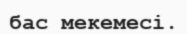
бас мекемесі.